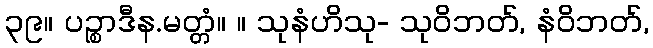
၃၉။ ပဉ္စာဒီန.မတ္တံ။ ။ သုနံဟိသု- သုဝိဘတ်, နံဝိဘတ်,